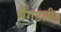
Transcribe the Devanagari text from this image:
मैगडलीन